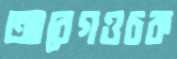
আবেগওচক